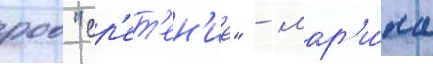
роо "ср'ет'ен'ие" - мар'и́на